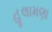
હૂલામણા